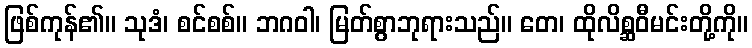
ဖြစ်ကုန်၏။ သုဒံ၊ စင်စစ်။ ဘဂဝါ၊ မြတ်စွာဘုရားသည်။ တေ၊ ထိုလိစ္ဆဝီမင်းတို့ကို။